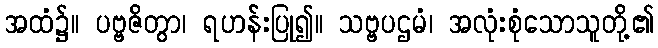
အထံ၌။ ပဗ္ဗဇိတွာ၊ ရဟန်းပြု၍။ သဗ္ဗပဌမံ၊ အလုံးစုံသောသူတို့၏